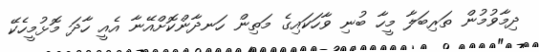
ދިމާވުމުން ތަރިބަލާ މީހާ ބުނި ވާހަކައިގެ މަތިން ހަނދާންކޮށްއޭނާ އެއީ ހާދަ މޮޅުމީހެކޭ